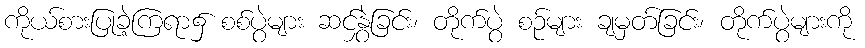
ကိုယ်စားပြုခဲ့ကြရာ၌ စစ်ပွဲများ ဆင်နွှဲခြင်း၊ တိုက်ပွဲ စဉ်များ ချမှတ်ခြင်း၊ တိုက်ပွဲများကို